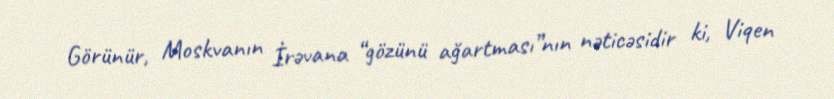
Görünür, Moskvanın İrəvana “gözünü ağartması”nın nəticəsidir ki, Viqen